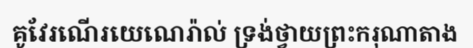
គូវែរណើរយេណេរ៉ាល់ ទ្រង់ថ្វាយព្រះករុណាតាង